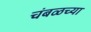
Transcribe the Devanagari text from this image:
चंबळच्या